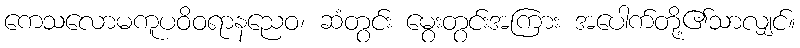
ကေသလောမကူပဝိဝရာနညေဝ၊ ဆံတွင်း မွေးတွင်းအကြား အပေါက်တို့၏သာလျှင်။